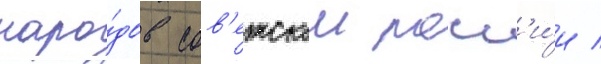
наро́дов сов'етскои росс'и́и /